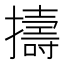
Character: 擣